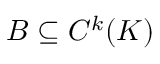
B \subseteq C ^ { k } ( K )